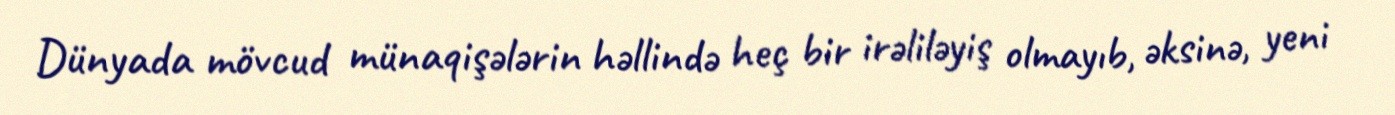
Dünyada mövcud münaqişələrin həllində heç bir irəliləyiş olmayıb, əksinə, yeni